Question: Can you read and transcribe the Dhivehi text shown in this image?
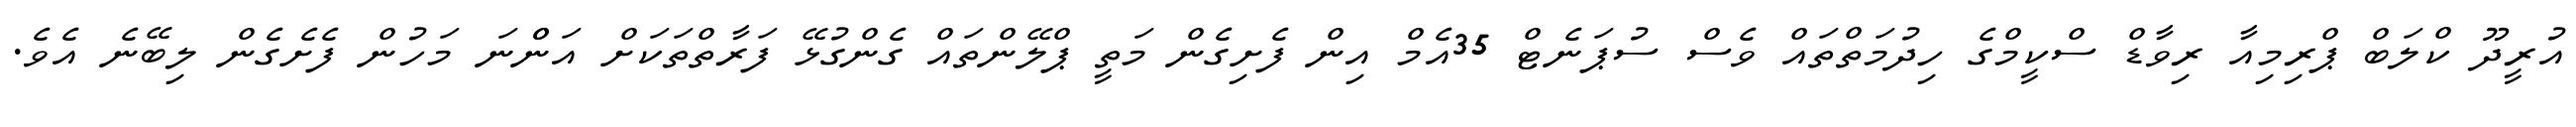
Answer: އުރީދޫ ކްލަބް ޕްރިމިއާ ރިވާޑް ސްކީމްގެ ހިދުމަތްތައް ވެސް ސުޕަނެޓް 35އެމް އިން ފެށިގެން މަތީ ޕްލޭންތައް ގެންގުޅޭ ފަރާތްތަކަށް އަންްނަ މަހުން ފެށެގެން ލިބޭނެ އެވެ.